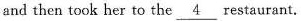
and then took her to the \underline{4} restaurant.